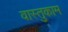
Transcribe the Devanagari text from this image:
वास्तुकाम